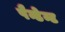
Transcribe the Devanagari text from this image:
पैन्डेन्ट